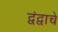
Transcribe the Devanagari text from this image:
द्वंद्वाचे